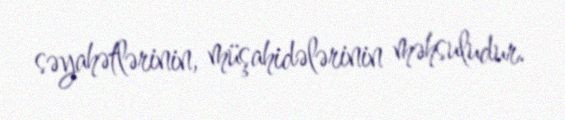
səyahətlərinin, müşahidələrinin məhsuludur.